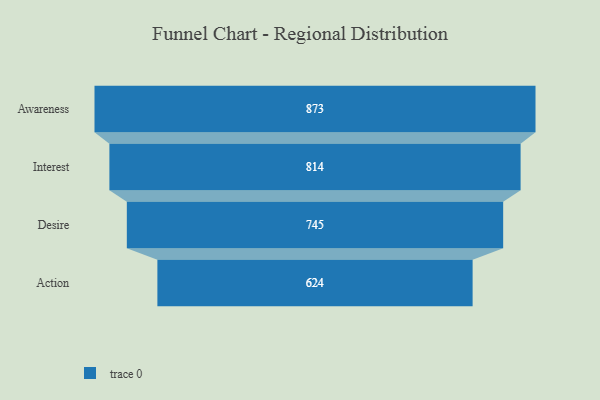
{"axis": {"x": "Stage", "y": "Value"}, "legend": [""], "data": [{"x": "Awareness", "y": 873.0, "type": ""}, {"x": "Interest", "y": 814.0, "type": ""}, {"x": "Desire", "y": 745.0, "type": ""}, {"x": "Action", "y": 624.0, "type": ""}]}